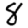
Digit: 8